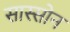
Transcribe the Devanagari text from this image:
सास्सोन